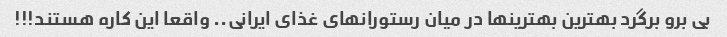
بی برو برگرد بهترین بهترینها در میان رستورانهای غذای ایرانی.. واقعا این کاره هستند!!!